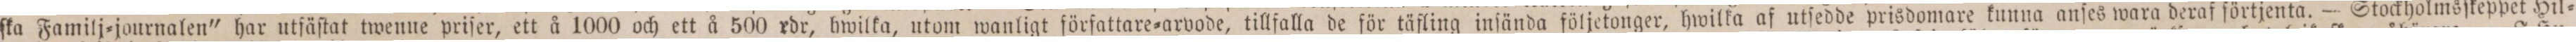
ſka Familj=journalen" har utfäſtat twenne priſer, ett å 1000 och ett å 500 rdr, hwilka, utom wanligt författare=arvode, tillfalla de för täfling inſända följetonger, hwilka af utſedde prisdomare kunna anſes wara deraf förtjenta. — Stockholmsſkeppet Hil=